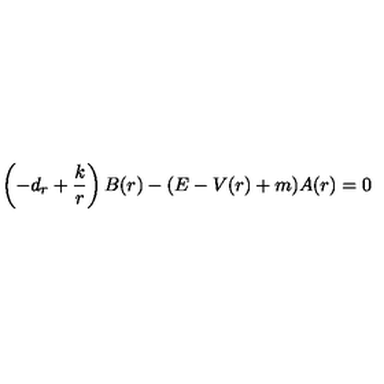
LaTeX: \left( - d _ { r } + \frac k r \right) B ( r ) - ( E - V ( r ) + m ) A ( r ) = 0